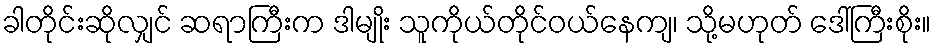
ခါတိုင်းဆိုလျှင် ဆရာကြီးက ဒါမျိုး သူကိုယ်တိုင်ဝယ်နေကျ၊ သို့မဟုတ် ဒေါ်ကြီးစိုး။